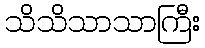
သိသိသာသာကြီး